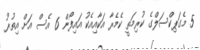
5 މެގަޕިކްސަލްގެ ކުރިމަތީ ކެމެރާ އަކާއިއެކު އައިފޯން 6 އެސް އަށް އިތުރު